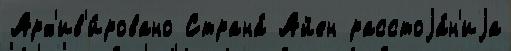
Арх'ив'и́ровано Страна́ Айен расстоjа́н'иjа